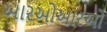
આરઓઆરઓ